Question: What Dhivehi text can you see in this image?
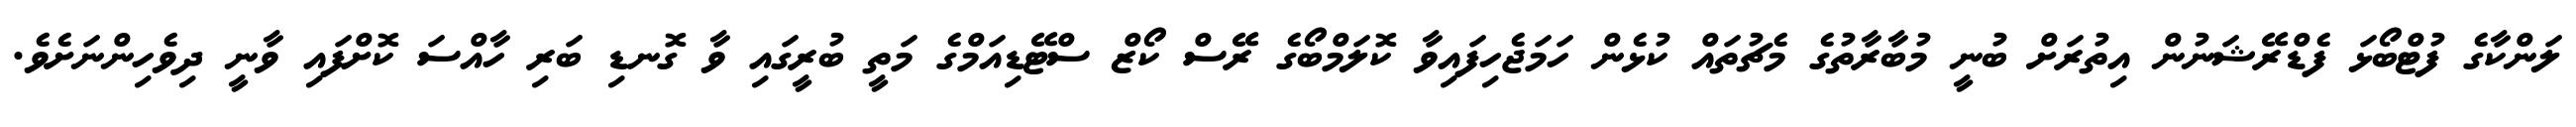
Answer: ލަންކާގެ ފުޓްބޯޅަ ފެޑްރޭޝަނުން އިތުރަށް ބުނީ މުބާރާތުގެ މެޗުތައް ކުޅެން ހަމަޖެހިފައިވާ ކޮލަމްބޯގެ ރޭސް ކޯޒް ސްޓޭޑިއަމްގެ މަތީ ބުރީގައި ވާ ގޮނޑި ބަރި ހާއްސަ ކޮށްފައި ވާނީ ދިވެހިންނަށެވެ.